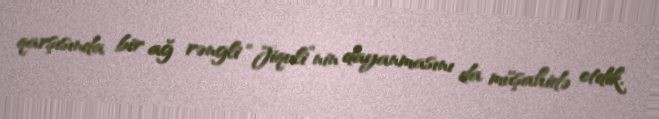
qarşısında bir ağ rəngli “Jiquli”nin dayanmasını da müşahidə etdik.